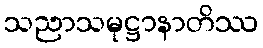
သညာသမုဋ္ဌာနာတိဿ